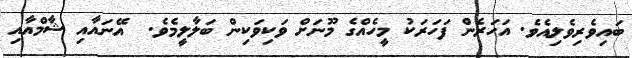
ބައިވެރިވެލިއެވެ. އަހަރެން ފަހަރަކު މީހެއްގެ މޫނަށް ވަކިވަކިން ބަލާލީމެވެ.  އޭނައާއި ޝާމްއާއި